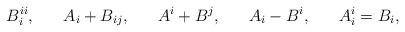
LaTeX: \begin{align*}B_{i}^{ii},\,\,\,\,\,\,\,\,\,\,A_{i}+B_{ij},\,\,\,\,\,\,\,\,\,\,A^{i}+B^{j},\,\,\,\,\,\,\,\,\,\,A_{i}-B^{i},\,\,\,\,\,\,\,\,\,\,A_{i}^{i}=B_{i},\end{align*}